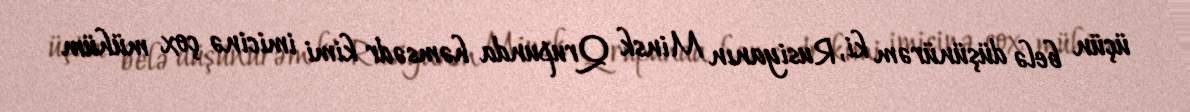
üçün belə düşünürəm ki, Rusiyanın Minsk Qrupunda həmsədr kimi imicinə çox mühüm